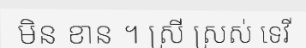
មិន ខាន ។ ស្រី ស្រស់ ទេវី